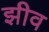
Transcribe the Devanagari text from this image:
झीव